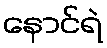
နောင်ရဲ